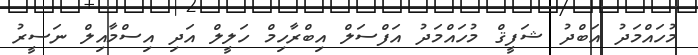
މުހައްމަދު އަބްދު ޝަފީޤް މުހައްމަދު އަފްސަލް އިބްރާހިމް ހަލީލް އަދި އިސްމާއިލް ނަސީރު